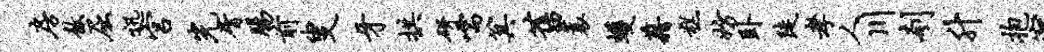
房敖屈迅宫光屑肠前叟牙拱研嚅箕旧蓑蠖藉糕妨卧陡孝人川刳升抱甯